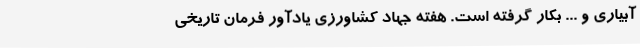
آبیاری و ... بکار گرفته است. هفته جهاد کشاورزی یادآور فرمان تاریخی